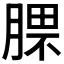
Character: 𣎈